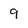
Character: 9